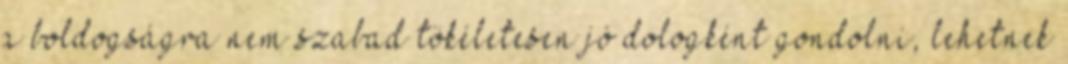
a boldogságra nem szabad tökéletesen jó dologként gondolni, lehetnek